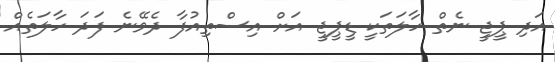
އަދި ޕީޖީ ނެތް ހާލަތަކީ ޑީޕީޖީ އަށް އިސްތިއުފާ ދެވޭނެ ފަދަ ހާލަތެއް